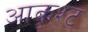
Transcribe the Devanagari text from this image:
आकृश्ट